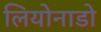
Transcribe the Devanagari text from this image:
लियोनाडो